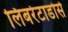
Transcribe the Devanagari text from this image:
लिबरेटाडोर्स